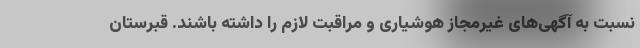
نسبت به آگهی‌های غیرمجاز هوشیاری و مراقبت لازم را داشته باشند. قبرستان